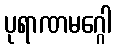
ပုရာဏမဂ္ဂေါ